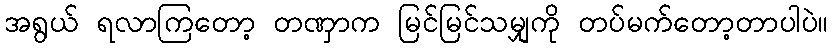
အရွယ် ရလာကြတော့ တဏှာက မြင်မြင်သမျှကို တပ်မက်တော့တာပါပဲ။